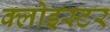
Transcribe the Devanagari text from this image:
क्लोइस्टर